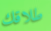
طلاقك